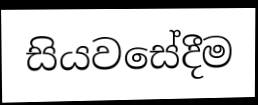
සියවසේදීම